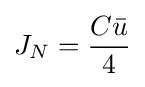
J_{N}={\frac {C{\bar {u}}}{4}}